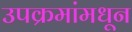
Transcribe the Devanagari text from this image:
उपक्रमांमधून